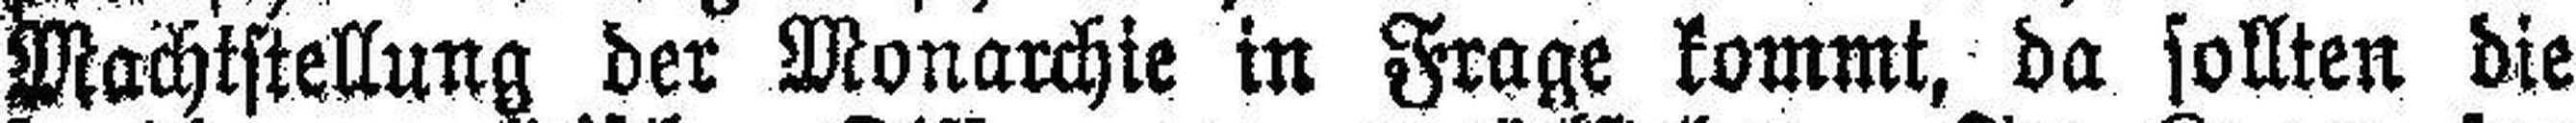
Machtstellung der Monarchie in Frage kommt, da sollten die